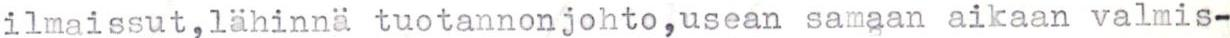
ilmaissut,lähinnä tuotannonjohto,usean samaan aikaan valmis-